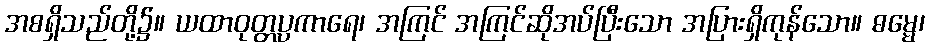
အစရှိသည်တို့၌။ ယထာဝုတ္တပ္ပကာရေ၊ အကြင် အကြင်ဆိုအပ်ပြီးသော အပြားရှိကုန်သော။ ဓမ္မေ၊